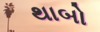
થાબો